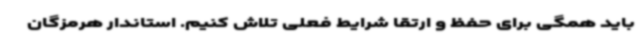
باید همگی برای حفظ و ارتقا شرایط فعلی تلاش کنیم. استاندار هرمزگان